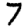
Digit: 7